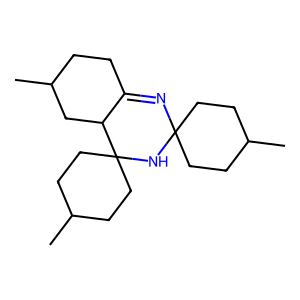
SMILES: CC1CCC2(CC1)N=C1CCC(C)CC1C1(CCC(C)CC1)N2
Inhibits HIV replication: No